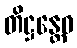
တိဋ္ဌန္တေဝ